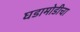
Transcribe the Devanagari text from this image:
घडामोडीचा